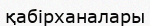
қабірханалары